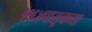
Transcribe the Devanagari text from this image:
१९६४पासूनच्या